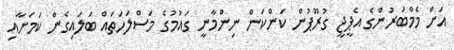
އަށް މެމްބަރުންގެ އެޕީޖީ ގުރޫޕުން ކަންކަން ނިންމާނީ ގައުމުގެ މަސްލަހަތައް ބަލައިގެން ކަމަށާއި